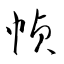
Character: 幀